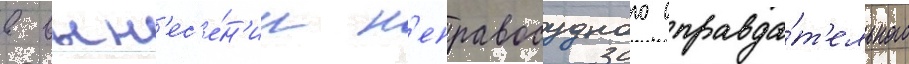
в вын'ес'е́н'ии н'еправосудного оправда́т'ельного